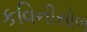
કવિનીસોળ